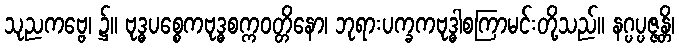
သုညကဗ္ဗေ၊ ၌။ ဗုဒ္ဓပစ္စေကဗုဒ္ဓစက္ကဝတ္တိနော၊ ဘုရားပက္ခကဗုဒ္ဓါစကြာမင်းတို့သည်။ နဂ္ပပ္ပဇ္ဇန္တိ၊